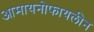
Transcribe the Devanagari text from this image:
आमायनोफायलीन